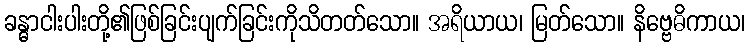
ခန္ဓာငါးပါးတို့၏ဖြစ်ခြင်းပျက်ခြင်းကိုသိတတ်သော။ အရိယာယ၊ မြတ်သော။ နိဗ္ဗေဓိကာယ၊